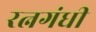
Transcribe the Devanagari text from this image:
रत्नगंधी